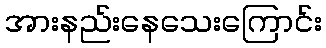
အားနည်းနေသေးကြောင်း